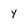
Character: y